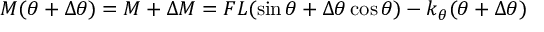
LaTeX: M ( \theta + \Delta \theta ) = M + \Delta M = F L ( \sin \theta + \Delta \theta \cos \theta ) - k _ { \theta } ( \theta + \Delta \theta )